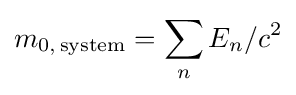
m_{0,\,{\rm {system}}}=\sum _{n}E_{n}/c^{2}